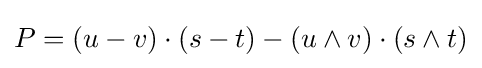
P=(u-v)\cdot (s-t)-(u\wedge v)\cdot (s\wedge t)